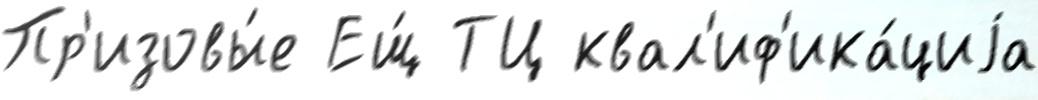
Пр'изовы́е Ещ́ ТЦ квал'иф'ика́циjа